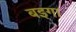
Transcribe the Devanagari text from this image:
बइगा